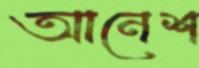
আনেশ